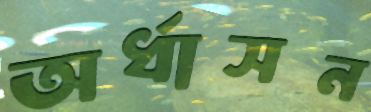
অর্ধাসন